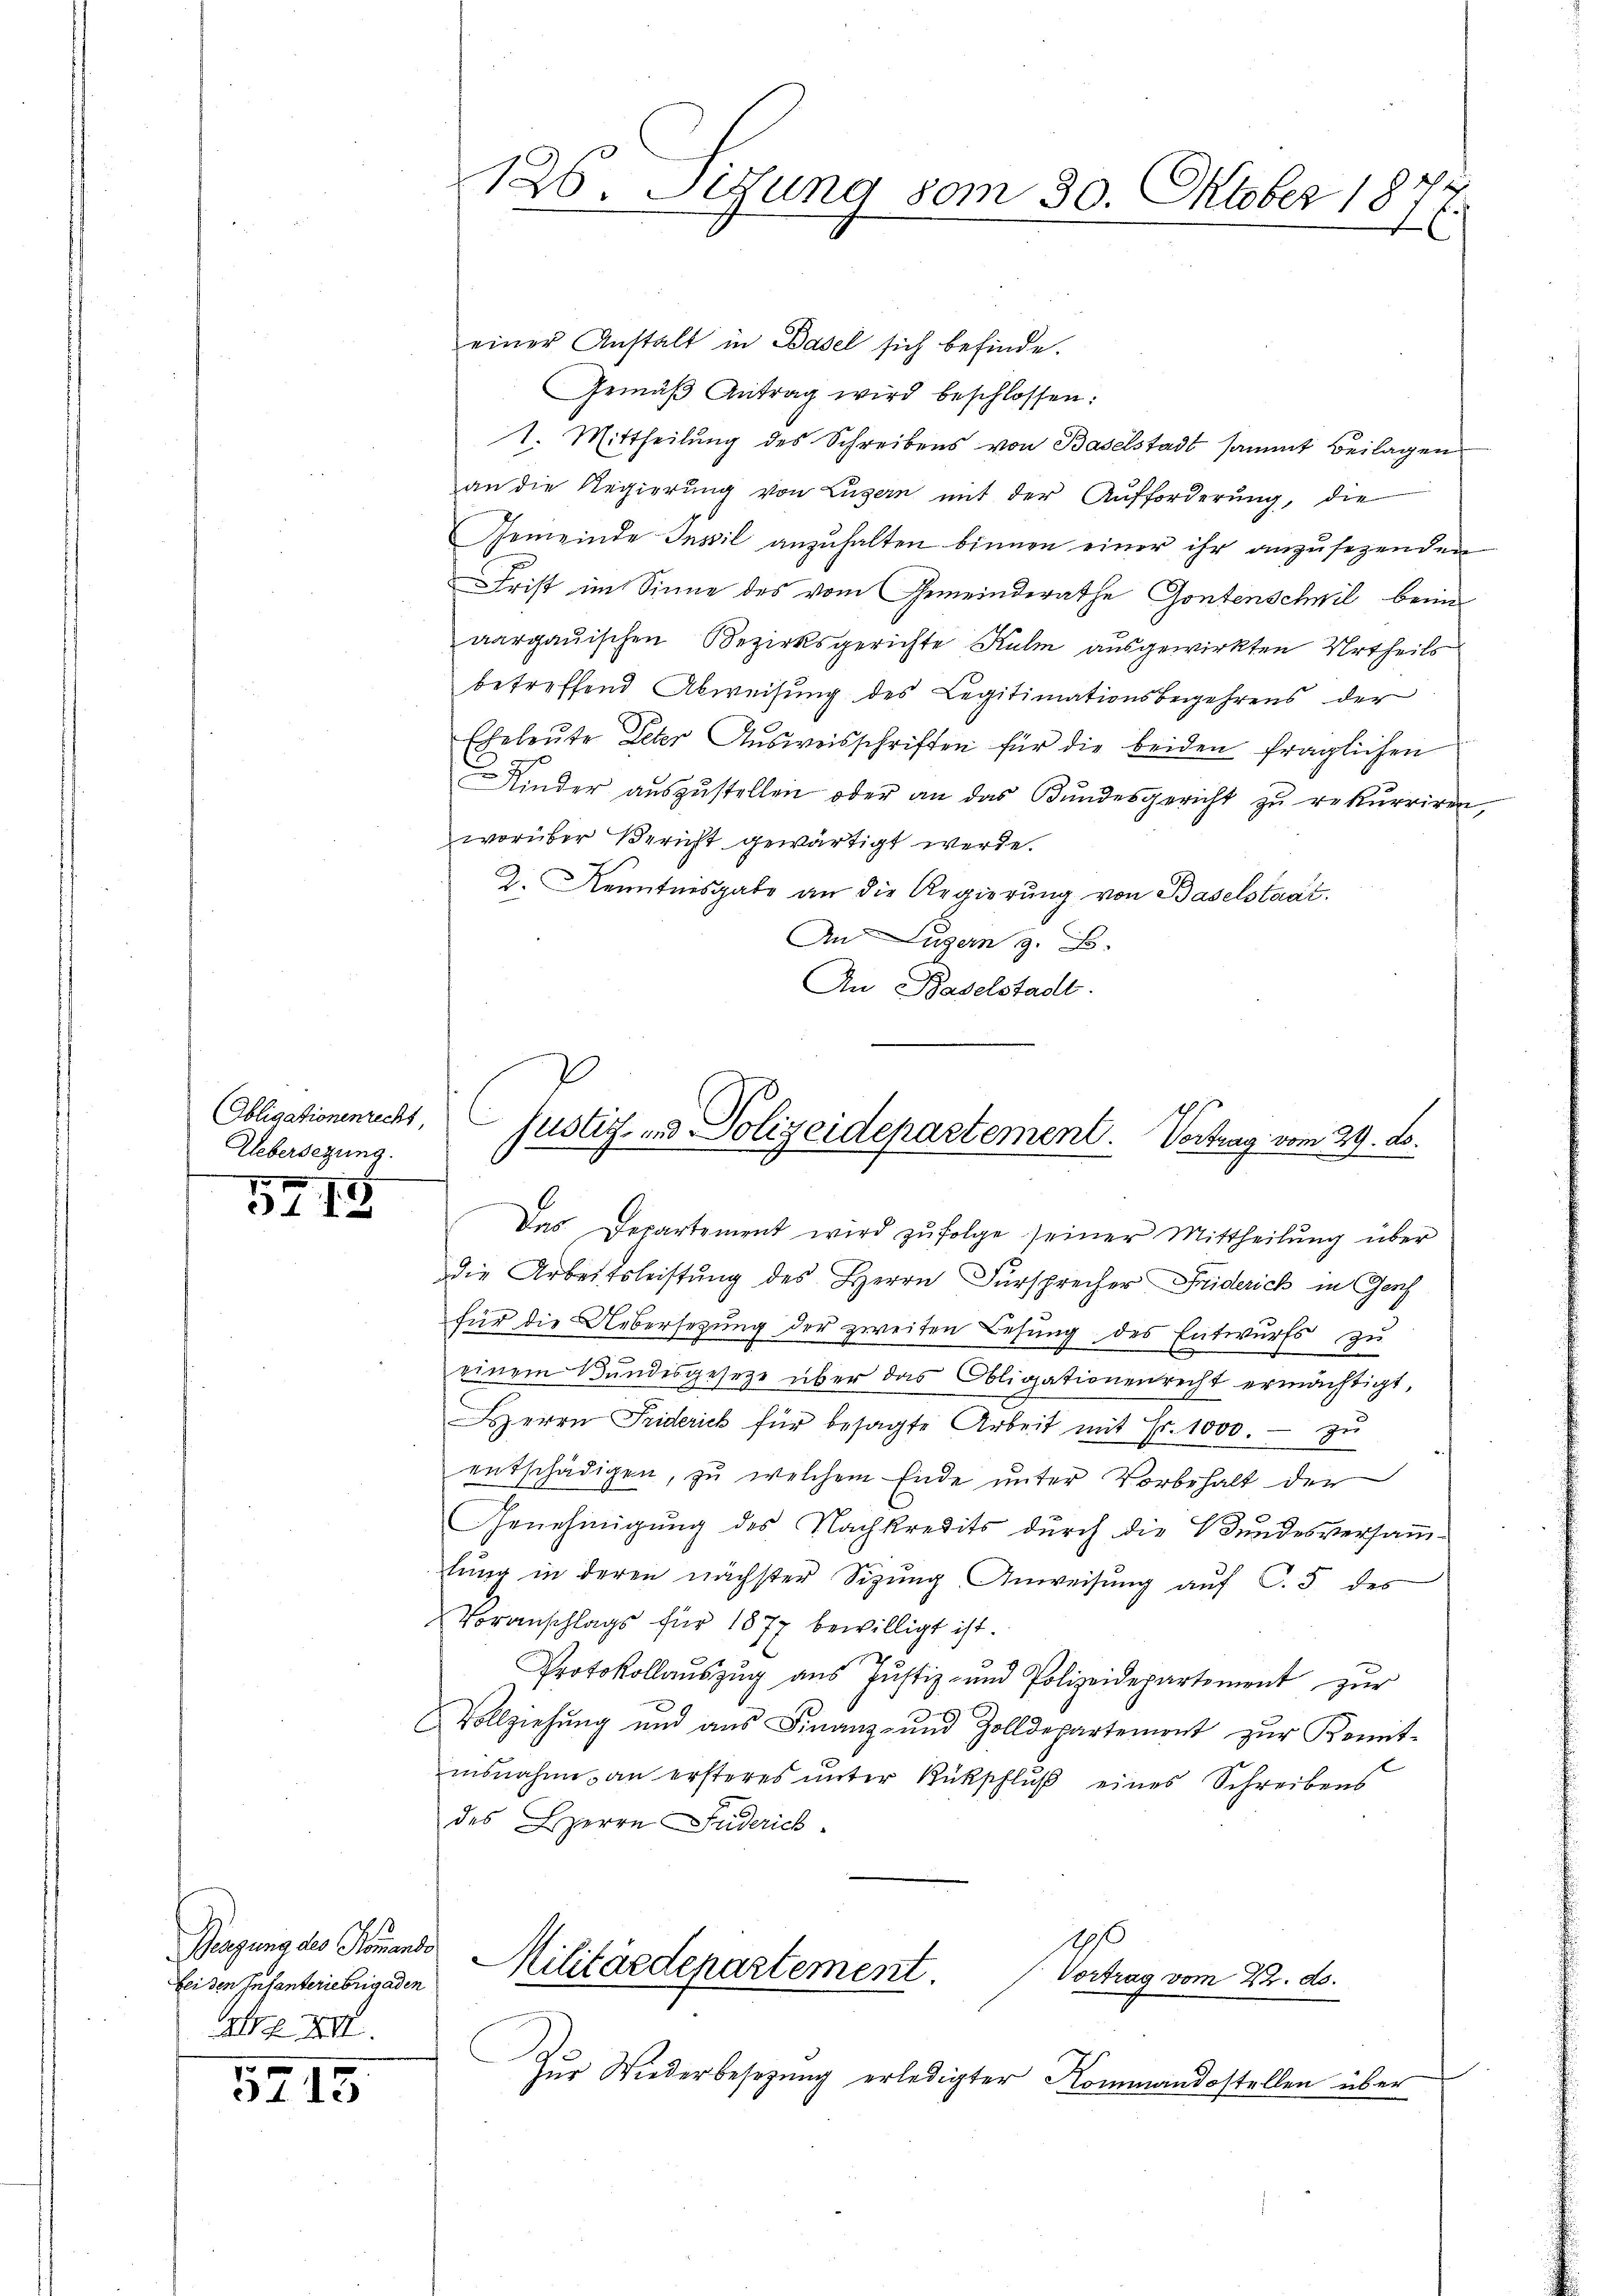
Obligationenrecht,
Uebersezung.

31 18

Beugung des Koments
bei den Infanteriebrigaden
AG XII

3415

einer Anstalt in Basel sich befinde.
Gemäβ Antrag wird beschlossen:
1. Mittheilung des Schreibens von Baselstadt sammt Beilagen
an die Regierung von Luzern mit der Aufforderung, die
Gemeinde Invil anzŭhalten binnen einer ihr anzŭsezenden
Frist im Sinne des vom Gemeinderathe Gontenschwil beim
aargauischen Bezirksgerichte Ruhm ausgewirkten Urtheils
betreffend Abweisung des Legitimationsbegehrens der
Eheleŭte Peter Aŭsweisschriften für die beiden fraglichen
Kinder aŭszŭstellen oder an das Bŭndesgericht zŭ rekurriren,
worüber Bericht gewärtigt werde.
2. Kenntnisgabe an die Regierung von Baselstaat.
An Zugern z. B.
An Baselstadt.
Das Departement wird zŭfolge seiner Mittheilŭng über
die Arbeitsleistung des Herrn Fürsprecher Friderich in Genf
für die Uebersetzung der zweiten Lesung des Entwurfs zu
einem Bundesgesetze über das Obligationenrecht ermächtigt,
Herrn Friderich für besagte Arbeit mit Fr. 1000. - zu
entschädigen, zu welchem Ende unter Vorbehalt der
Genehmigung des Nachkredits durch die Bundesversammtung in deren nächster Sitzŭng Anweisung auf C. 5 des
Voranschlags für 1877 bewilligt ist.
Protokollaŭszŭg aŭs Jŭstiz- und Polizeidepartement zŭr
Vollziehŭng und aŭs Finanz- und Zolldepartement zŭr Komit-
insnahme an ersteres ŭnter Rückschlŭβ eines Schreibens
des HHerrn Friderich
Militärdepartement.
Vortrag vom 2. ds.
Zur Wiederbesetzung erledigter Kommandostellen über

126. Situng vom 30. Oktober 18
.

justiz- und Polizeidepartement. Vortrag vom 29. ds.